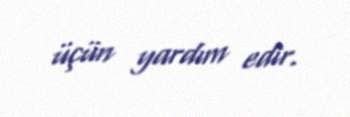
üçün yardım edir.